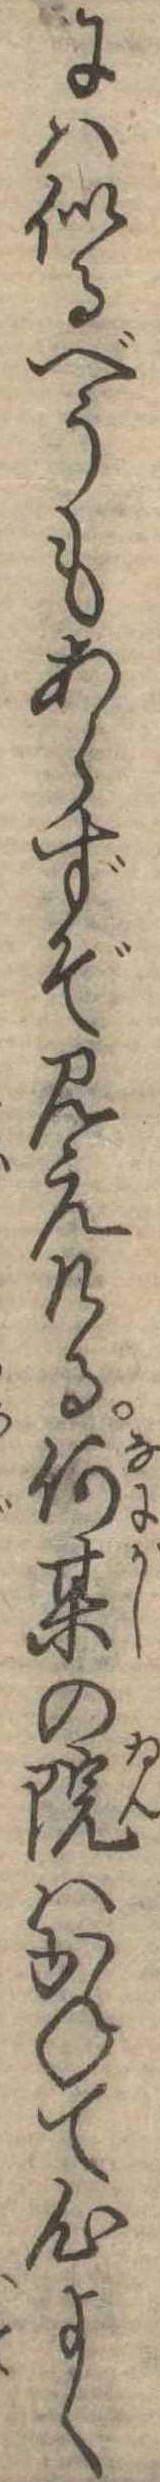
には似るべうもあらずぞ見えける何其の院はかねて心よく